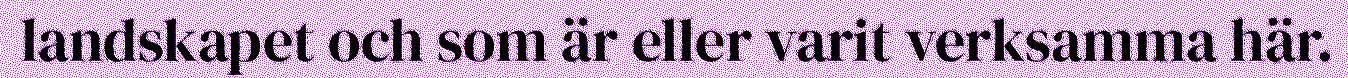
landskapet och som är eller varit verksamma här.